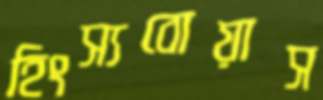
হিংস্যবোয়াস